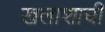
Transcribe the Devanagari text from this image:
खलाशाची